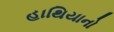
હાથિયાનો